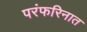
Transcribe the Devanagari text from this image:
परंफरिनात